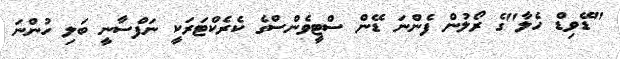
"ޑޭވިޑް ހެލާ"ގެ ރޯލުން ފެންނަ ޑޭން ސްޓީވެންސްގެ ކެރެކްޓަރަކީ ނަފްސާނީ ބަލި ހުންނަ